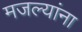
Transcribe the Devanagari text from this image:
मजल्यांना